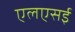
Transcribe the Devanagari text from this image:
एलएसई